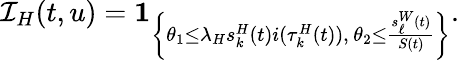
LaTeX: \mathcal{I}_{H}(t,u)=\mathbf{1}_{\left\{ \theta_{1}\leq\lambda_{H}s_{k}^{H}(t)i(\tau_{k}^{H}(t)),\, \theta_{2}\leq\frac{s_{\ell}^{W}(t)}{S(t)}\right\} }.